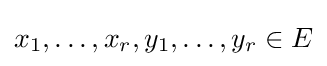
x_{1},\dots ,x_{r},y_{1},\dots ,y_{r}\in E